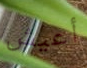
أعيش